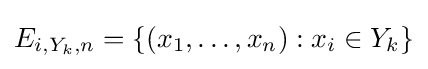
E_{i,Y_{k},n}=\{(x_{1},\ldots ,x_{n}):x_{i}\in Y_{k}\}